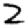
Digit: 2